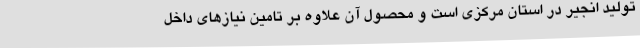
تولید انجیر در استان مرکزی است و محصول آن علاوه بر تامین نیازهای داخل